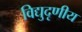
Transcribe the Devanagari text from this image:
विद्युदृणीय